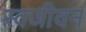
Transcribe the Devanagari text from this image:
स्वजीवन